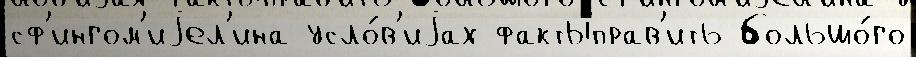
сф'ингом'иjел'ина усло́в'иjах фактыправ'ить большо́го